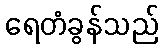
ရေတံခွန်သည်